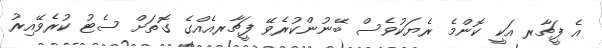
އެ ފީޗާރ އަކީ ކޮންމެ ރެޔަކުވެސް ބޭނުންކުރެވޭ ފީޗާރއެއްގެ ގޮތަށް ސެޓު ކުރެވޭއިރު